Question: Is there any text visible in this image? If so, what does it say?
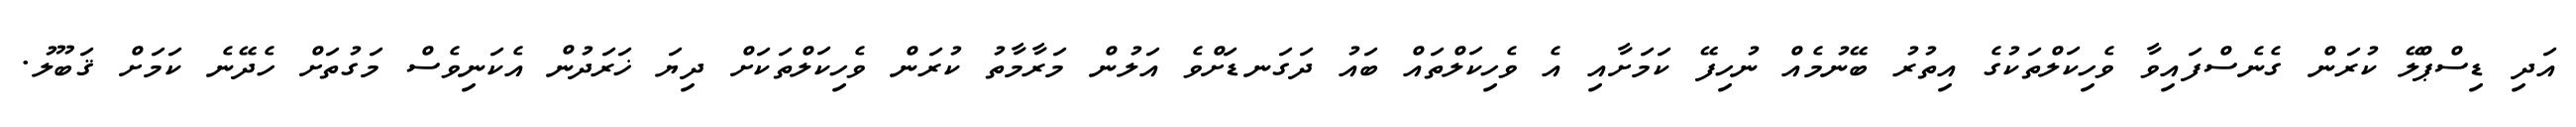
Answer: އަދި ޑިސްޕްލޭ ކުރަން ގެނެސްފައިވާ ވެހިކަލްތަކުގެ އިތުރު ބޭނުމެއް ނުހިފޭ ކަމަށާއި އެ ވެހިކަލްތައް ބައު ދަގަނޑަށްވެ އަލުން މަރާމާތު ކުރަން ވެހިކަލްތަކަށް ދިޔަ ޚަރަދުން އެކަނިވެސް މަގުތަށް ހެދޭނެ ކަމަށް ޤަބޫލު.